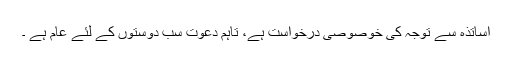
اساتذہ سے توجہ کی خوصوصی درخواست ہے، تاہم دعوت سب دوستوں کے لئے عام ہے ۔